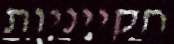
חקייניות